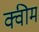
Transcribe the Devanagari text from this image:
क्वीम